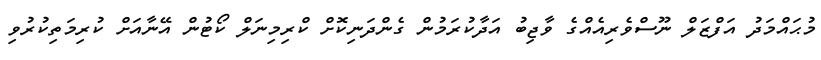
މުޙައްމަދު އަފްޒަލް ނޫސްވެރިއެއްގެ ވާޖިބު އަދާކުރަމުން ގެންދަނިކޮށް ކްރިމިނަލް ކޯޓުން އޭނާއަށް ކުރިމަތިކުރުވި